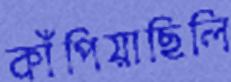
কাঁপিয়াছিলি